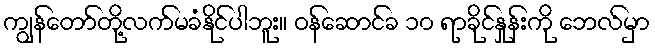
ကျွန်တော်တို့လက်မခံနိုင်ပါဘူး။ ဝန်ဆောင်ခ ၁၀ ရာခိုင်နှုန်းကို ဘေလ်မှာ